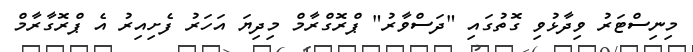
މިނިސްޓަރު ވިދާޅުވި ގޮތުގައި "ދަސްވާރު" ޕްރޮގްރާމް މިދިޔަ އަހަރު ފެށިއިރު އެ ޕްރޮގާރާމް